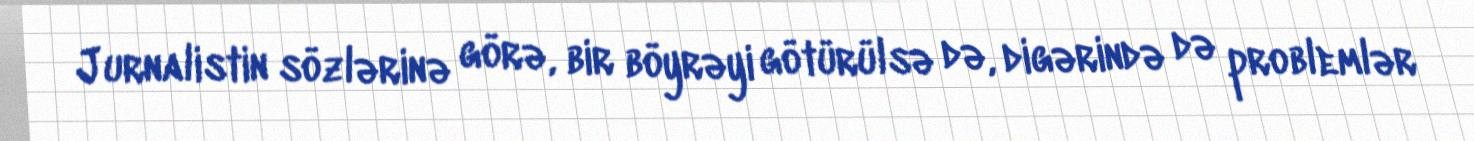
Jurnalistin sözlərinə görə, bir böyrəyi götürülsə də, digərində də problemlər